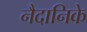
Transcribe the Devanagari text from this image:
नैदानिके